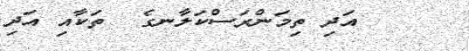
އަދި ތިމަންރަސްކަލާނގެ  ތަކާއި އަދި